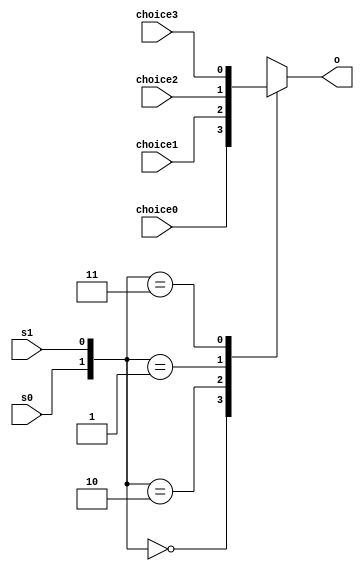
module mux4_25 (
    input s1,
    input s0,
    input choice0,
    input choice1,
    input choice2,
    input choice3,
    output reg o
  );
  
  
  
  always @* begin
    
    case ({s0, s1})
      2'h0: begin
        o = choice0;
      end
      2'h2: begin
        o = choice1;
      end
      2'h1: begin
        o = choice2;
      end
      2'h3: begin
        o = choice3;
      end
      default: begin
        o = choice0;
      end
    endcase
  end
endmodule